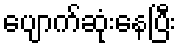
ပျောက်ဆုံးနေပြီး